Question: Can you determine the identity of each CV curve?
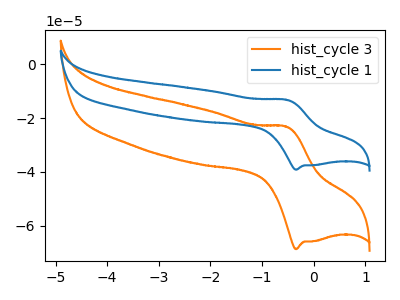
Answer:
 <answer>The orange curve is labeled "hist_cycle 3". The blue curve is labeled "hist_cycle 1".</answer>
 <eval></eval>